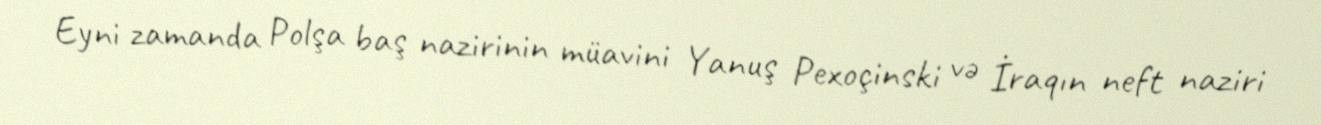
Eyni zamanda Polşa baş nazirinin müavini Yanuş Pexoçinski və İraqın neft naziri